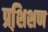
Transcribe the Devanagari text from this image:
प्रशि़शण